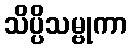
သိပ္ပိသမ္ဗုကာ